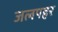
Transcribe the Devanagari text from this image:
जलपहर